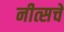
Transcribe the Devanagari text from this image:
नीत्सचे